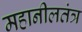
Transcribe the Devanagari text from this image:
महानीलतंत्र